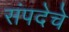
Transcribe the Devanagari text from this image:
संपदेचे